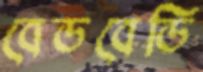
বেডবেডি